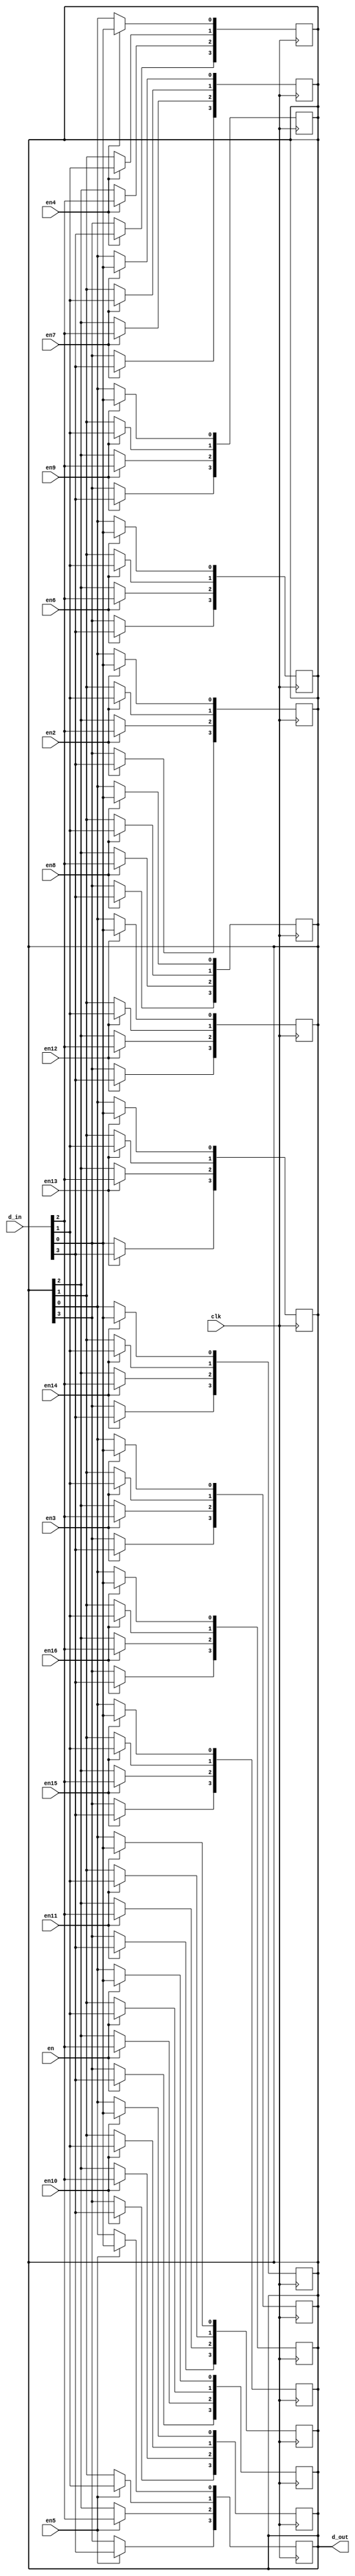
`timescale 1ns / 1ps
module test_4bits_16reg(


input [3:0] d_in, // Data input
input clk, // clock input
input en,
input en2,en3,en4,en5,en6,en7,en8,en9,en10,en11,en12,en13,en14,en15,en16,
output reg [3:0]d_out // output Q


);
integer i;

always @(posedge clk)
begin
if(en)

for (i=0; i<4; i=i+1)
	d_out[i]<= d_in[i];


end

always@(posedge clk)
begin
if(en2)
for (i=0; i<4; i=i+1)
	d_out[i]<= d_in[i];

end
always@(posedge clk)
begin
if(en3)
for (i=0; i<4; i=i+1)
	d_out[i]<= d_in[i];

end
always@(posedge clk)
begin
if(en4)
for (i=0; i<4; i=i+1)
	d_out[i]<= d_in[i];

end
always@(posedge clk)
begin
if(en5)
for (i=0; i<4; i=i+1)
	d_out[i]<= d_in[i];

end
always@(posedge clk)
begin
if(en6)
for (i=0; i<4; i=i+1)
	d_out[i]<= d_in[i];

end
always@(posedge clk)
begin
if(en7)
for (i=0; i<4; i=i+1)
	d_out[i]<= d_in[i];

end
always@(posedge clk)
begin
if(en8)
for (i=0; i<4; i=i+1)
	d_out[i]<= d_in[i];

end

always@(posedge clk)
begin
if(en9)
for (i=0; i<4; i=i+1)
	d_out[i]<= d_in[i];

end

always@(posedge clk)
begin
if(en10)
for (i=0; i<4; i=i+1)
	d_out[i]<= d_in[i];

end

always@(posedge clk)
begin
if(en11)
for (i=0; i<4; i=i+1)
	d_out[i]<= d_in[i];

end

always@(posedge clk)
begin
if(en12)
for (i=0; i<4; i=i+1)
	d_out[i]<= d_in[i];

end

always@(posedge clk)
begin
if(en13)
for (i=0; i<4; i=i+1)
	d_out[i]<= d_in[i];

end

always@(posedge clk)
begin
if(en14)
for (i=0; i<4; i=i+1)
	d_out[i]<= d_in[i];

end

always@(posedge clk)
begin
if(en15)
for (i=0; i<4; i=i+1)
	d_out[i]<= d_in[i];

end

always@(posedge clk)
begin
if(en16)
for (i=0; i<4; i=i+1)
	d_out[i]<= d_in[i];

end

endmodule